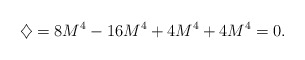
\begin{align*}\diamondsuit = 8 M^4 - 16 M^4 + 4 M^4 + 4 M^4 = 0 .\end{align*}